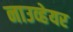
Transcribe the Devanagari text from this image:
नाउव्हेयर